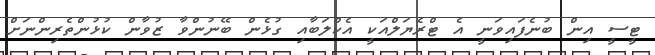
ޓީސީ އިން ބުނެފައިވަނީ އެ ޓްރެޔަލްއަކީ އެކްލަބާއި ގުޅެން ބޭނުންވާ ޒުވާން ކުޅުންތެރިންނަށް